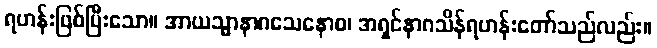
ရဟန်းဖြစ်ပြီးသော။ အာယသ္မာနာဂသေနောစ၊ အရှင်နာဂသိန်ရဟန်းတော်သည်လည်း။